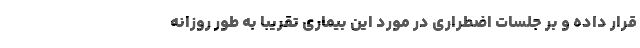
قرار داده و بر جلسات اضطراری در مورد این بیماری تقریبا به طور روزانه